Elephants and their diseases
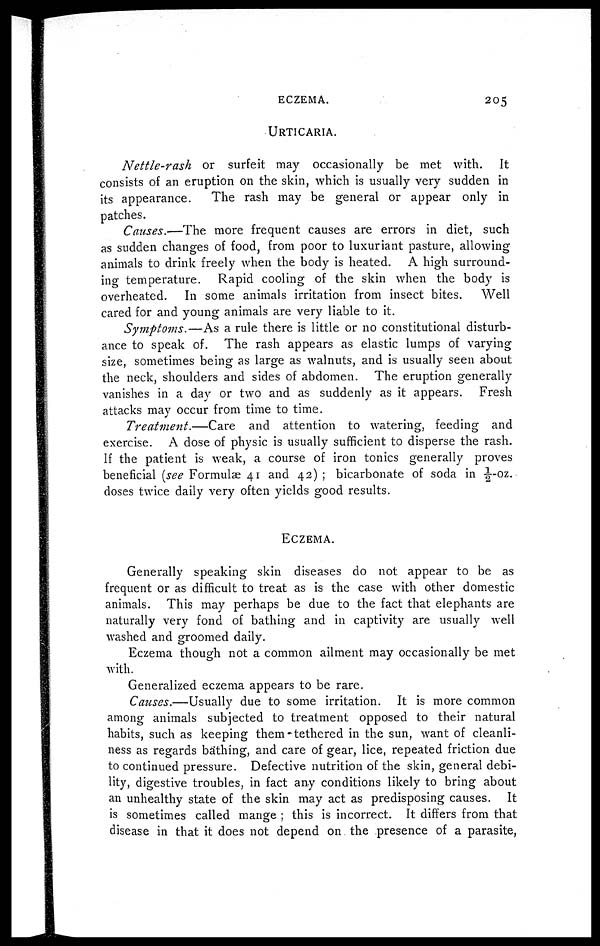
ECZEMA.
205
URTICARIA.
Nettle-rash
or surfeit may occasionally be met with. It
consists of an eruption on the skin, which is usually very sudden in
its appearance.
The rash may be general or appear only in
patches.
Causes.—The more frequent causes are errors in diet, such
as sudden changes of food, from poor to luxuriant pasture, allowing
animals to drink freely when the body is heated. A high surround-
ing temperature. Rapid cooling of the skin when the body is
overheated. In some animals irritation from insect bites.
Well
cared for and young animals are very liable to it.
Symptoms.—As a rule there is little or no constitutional disturb-
ance to speak of. The rash appears as elastic lumps of varying
size, sometimes being as large as walnuts, and is usually seen about
the neck, shoulders and sides of abdomen. The eruption generally
vanishes in a day or two and as suddenly as it appears. Fresh
attacks may occur from time to time.
Treatment.—Care
and attention to watering, feeding and
exercise. A dose of physic is usually sufficient to disperse the rash.
If the patient is weak, a course of iron tonics generally proves
beneficial (see Formulæ 41 and 42) ; bicarbonate of soda in ½-oz.
doses twice daily very often yields good results.
ECZEMA.
Generally speaking skin diseases do not appear to be as
frequent or as difficult to treat as is the case with other domestic
animals. This may perhaps be due to the fact that elephants are
naturally very fond of bathing and in captivity are usually well
washed and groomed daily.
Eczema though not a common ailment may occasionally be met
with.
Generalized eczema appears to be rare.
Causes.—Usually due to some irritation. It is more common
among animals subjected to treatment opposed to their natural
habits, such as keeping them tethered in the sun, want of cleanli-
ness as regards bathing, and care of gear, lice, repeated friction due
to continued pressure. Defective nutrition of the skin, general debi-
lity, digestive troubles, in fact any conditions likely to bring about
an unhealthy state of the skin may act as predisposing causes. It
is sometimes called mange ; this is incorrect. It differs from that
disease in that it does not depend on. the presence of a parasite,